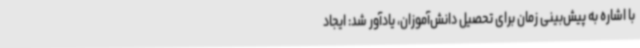
با اشاره به پیش‌بینی زمان برای تحصیل دانش‌آموزان، یادآور شد: ایجاد